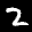
Label: 2